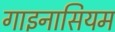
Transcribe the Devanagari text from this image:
गाइनासियम